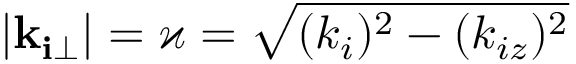
| \mathbf { k _ { i \bot } } | = \varkappa = \sqrt { ( k _ { i } ) ^ { 2 } - ( k _ { i z } ) ^ { 2 } }